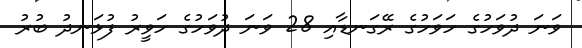
ވަނަ ދުވަހުގެ ހަވަހުގެ ރޭގަނޑާއި 28 ވަނަ ދުވަހުގެ ހަވީރު ފުޅަނދު ބުރު